Indian journal of veterinary science and animal husbandry - Volume 7,
Year: 1937
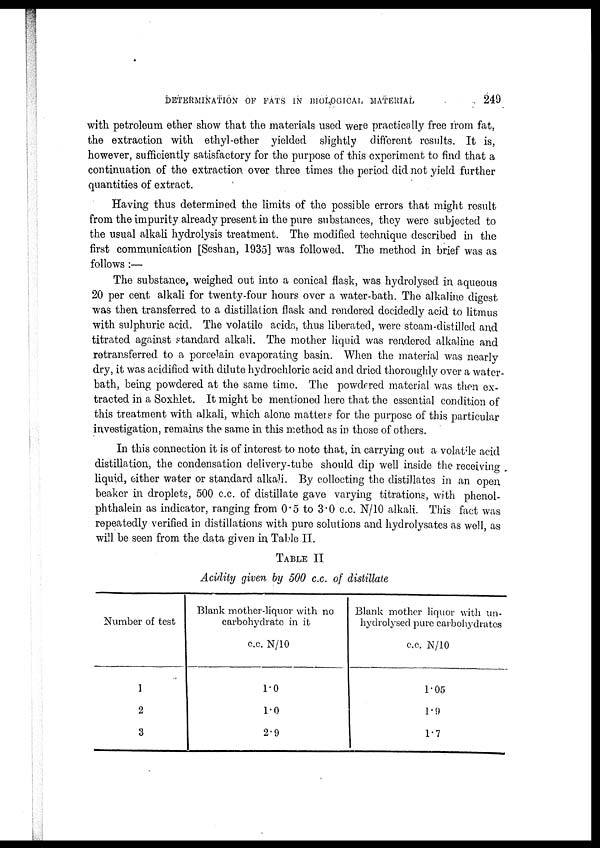
DETERMINATION OF FATS IN BIOLOGICAL MATERIAL
249
with petroleum ether show that the materials used were practically free from fat,
the extraction with ethyl-ether yielded slightly different results. It is,
however, sufficiently satisfactory for the purpose of this experiment to find that a
continuation of the extraction over three times the period did not yield further
quantities of extract.
Having thus determined the limits of the possible errors that might result
from the impurity already present in the pure substances, they were subjected to
the usual alkali hydrolysis treatment. The modified technique described in the
first communication [Seshan, 1935] was followed. The method in brief was as
follows :—
The substance, weighed out into a conical flask, was hydrolysed in aqueous
20 per cent alkali for twenty-four hours over a water-bath. The alkaline digest
was then transferred to a distillation flask and rendered decidedly acid to litmus
with sulphuric acid. The volatile acids, thus liberated, were steam-distilled and
titrated against standard alkali. The mother liquid was rendered alkaline and
retransferred to a porcelain evaporating basin. When the material was nearly
dry, it was acidified with dilute hydrochloric acid and dried thoroughly over a water-
bath, being powdered at the same time. The powdered material was then ex-
tracted in a Soxhlet. It might be mentioned here that the essential condition of
this treatment with alkali, which alone matters for the purpose of this particular
investigation, remains the same in this method as in those of others.
In this connection it is of interest to note that, in carrying out a volatile acid
distillation, the condensation delivery-tube should dip well inside the receiving
liquid, either water or standard alkali. By collecting the distillates in an open
beaker in droplets, 500 c.c. of distillate gave varying titrations, with phenol¬
phthalein as indicator, ranging from 0.5 to 3.0 c.c. N/10 alkali. This fact was
repeatedly verified in distillations with pure solutions and hydrolysates as well, as
will be seen from the data given in Table II.
TABLE II
Acidity given by 500 c.c. of distillate
Number of test
1
2
3
Blank mother-liquor with no
carbohydrate in it
c.c. N/10
1.0
1.0
2.9
Blank mother liquor with un¬
hydrolysed pure carbohydrates
c.c. N/10
1.05
1.9
1.7